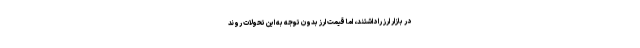
در بازار ارز را داشتند، اما قیمت ارز بدون توجه به این تحولات روند